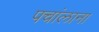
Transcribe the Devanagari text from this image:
पचांलाना